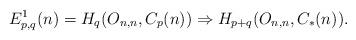
LaTeX: \begin{align*}E^{1}_{p,q}(n) &= H_{q}(O_{n,n}, C_{p}(n)) \Rightarrow H_{p+q}(O_{n,n}, C_{*}(n)) .\end{align*}